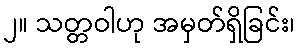
၂။ သတ္တဝါဟု အမှတ်ရှိခြင်း၊